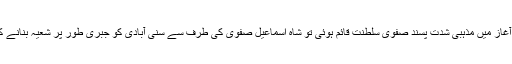
لیکن پندرہویں صدی کے آغاز میں مذہبی شدت پسند صفوی سلطنت قائم ہوئی تو شاہ اسماعیل صفوی کی طرف سے سنی آبادی کو جبری طور پر شعیہ بنانے کی تحریک عروج پر تھی۔